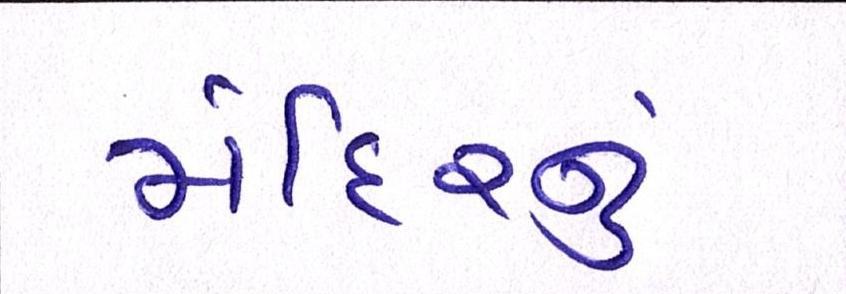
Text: મંદિરનું